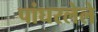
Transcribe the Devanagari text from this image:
पांघरलेले